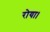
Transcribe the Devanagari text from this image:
रोया।